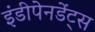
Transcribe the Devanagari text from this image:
इंडीपेनडेंट्स